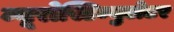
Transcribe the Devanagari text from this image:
न्यूरोस्टिम्युलेटर